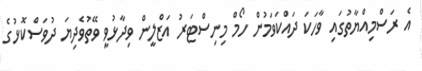
އެ ރަސްމިއްޔާތުގައި ވާހަކަ ދައްކަވަމުން ހޯމް މިނިސްޓަރު އަޒްލީން ވިދާޅުވީ ވޭތުވެދިޔަ ދުވަސްކޮޅުގެ